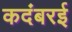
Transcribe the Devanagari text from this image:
कदंबरई